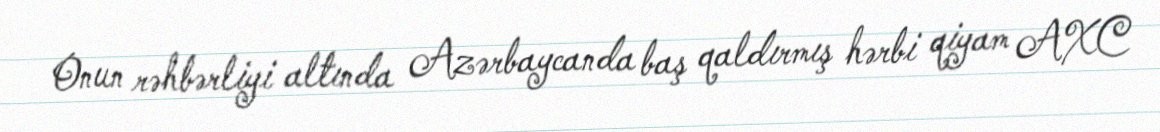
Onun rəhbərliyi altında Azərbaycanda baş qaldırmış hərbi qiyam AXC